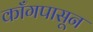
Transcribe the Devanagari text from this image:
काँगपासून